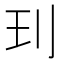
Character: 㺫